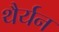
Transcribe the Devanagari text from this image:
थैर्यन